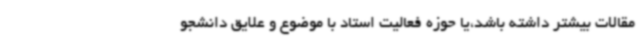
مقالات بیشتر داشته باشد،یا حوزه فعالیت استاد با موضوع و علایق دانشجو